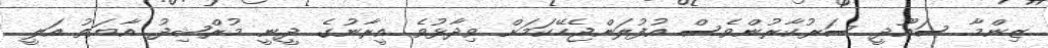
ޒިންމާ ސައޫދީ ސަރުކާރުންވެސް އުފުލަންޖެހޭކަމަށް ވިދާޅުވެ އީރާނުގެ ދީނީ މުރްޝިދު އާޔަތު އަލީ